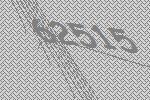
62515